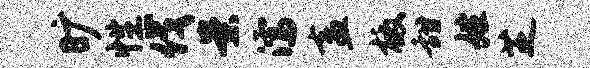
旷性伐案濡盍檄甜姓芝